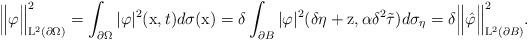
LaTeX: \begin{align*}\Big\Vert \varphi \Big\Vert_{\mathrm{L}^2(\partial \Omega)}^2 = \int_{\partial \Omega}|\varphi|^2(\mathrm{x},t) d\sigma(\mathrm{x}) = \delta \int_{\partial B}|\varphi|^2(\delta \eta + \mathrm{z},\alpha \delta^2 \Tilde{\tau}) d\sigma_\eta = \delta \Big\Vert \hat{\varphi} \Big\Vert_{\mathrm{L}^2(\partial B)}^2.\end{align*}